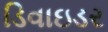
ડિવાઇડર